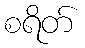
စရိတ်